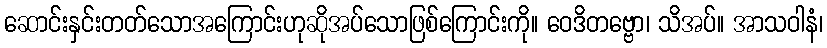
ဆောင်းနှင်းတတ်သောအကြောင်းဟုဆိုအပ်သောဖြစ်ကြောင်းကို။ ဝေဒိတဗ္ဗော၊ သိအပ်။ အာသဝါနံ၊